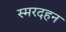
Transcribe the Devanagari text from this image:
स्मरदहन